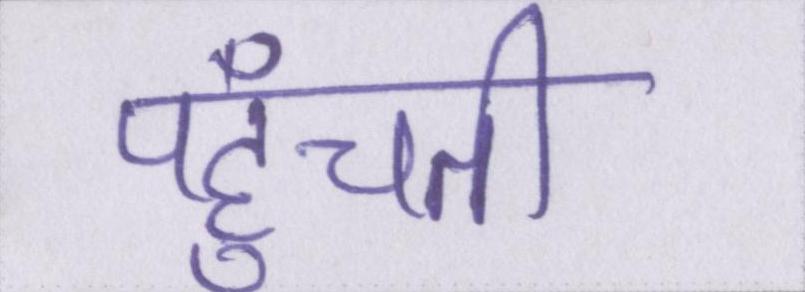
पहुँचती